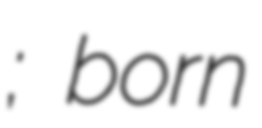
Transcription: Краси́льников; born